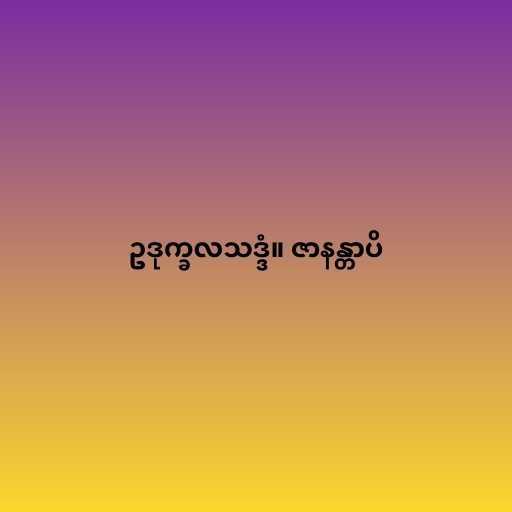
ဥဒုက္ခလသဒ္ဒံ။ ဇာနန္တာပိ